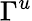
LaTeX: \Gamma^{u}